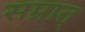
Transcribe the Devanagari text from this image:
सम्रात्